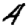
Digit: 4